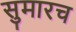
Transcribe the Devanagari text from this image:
सुमारच